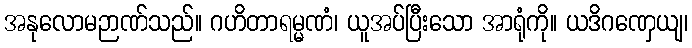
အနုလောမဉာဏ်သည်။ ဂဟိတာရမ္မဏံ၊ ယူအပ်ပြီးသော အာရုံကို။ ယဒိဂဏှေယျ၊